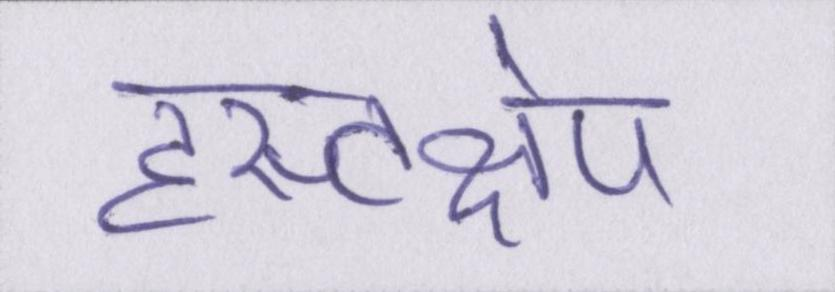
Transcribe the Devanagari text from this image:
हस्तक्षेप